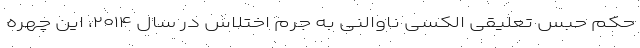
حکم حبس تعلیقی الکسی ناوالنی به جرم اختلاس در سال ۲۰۱۴، این چهره